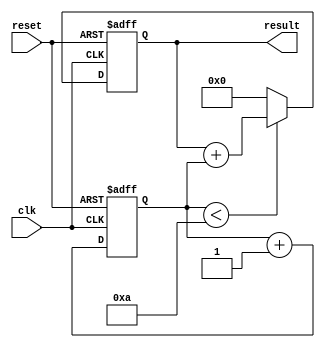
module LoopWithConditionalStatements (
    input wire clk,
    input wire reset,
    output reg [7:0] result
);

reg [7:0] counter;

always @(posedge clk or posedge reset) begin
    if (reset) begin
        counter <= 0;
        result <= 0;
    end else begin
        if (counter < 10) begin
            result <= result + counter;
        end else begin
            result <= 0;
        end
        counter <= counter + 1;
    end
end

endmodule